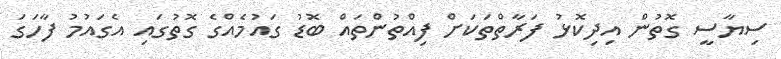
ސިޔާސީ ގޮތުން އިދިކޮޅު ފަރާތްތަކަށް ފިއްތުންތައް ބޮޑު ގައުމެއްގެ ގޮތުގައި އެގައުމު ފާހަގަ